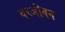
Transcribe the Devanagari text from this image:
वरजीवन